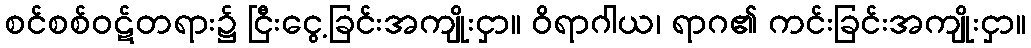
စင်စစ်ဝဋ်တရား၌ ငြီးငွေ့ခြင်းအကျိုးငှာ။ ဝိရာဂါယ၊ ရာဂ၏ ကင်းခြင်းအကျိုးငှာ။